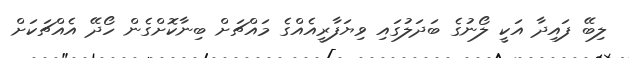
ލިބޭ ފައިދާ އަކީ ލޯނުގެ ބަދަލުގައި ވިޔަފާރީއެއްގެ މައްޗަށް ބިނާކޮށްގެން ހޯދޭ އެއްޗަކަށް